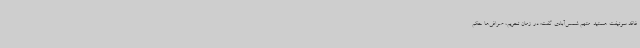
فاقد سوئیفت هستید. متهم شمس‌آبادی گفت: در زمان تحریم، صرافی‌ها حکم